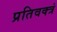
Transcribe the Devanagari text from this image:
प्रतिवक्त्रं